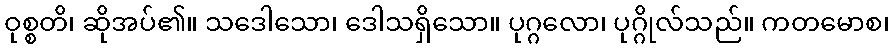
ဝုစ္စတိ၊ ဆိုအပ်၏။ သဒေါသော၊ ဒေါသရှိသော။ ပုဂ္ဂလော၊ ပုဂ္ဂိုလ်သည်။ ကတမောစ၊